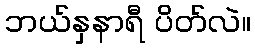
ဘယ်နှနာရီ ပိတ်လဲ။